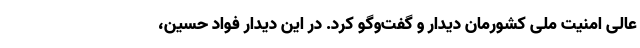
عالی امنیت ملی کشورمان دیدار و گفت‌وگو کرد. در این دیدار فواد حسین،